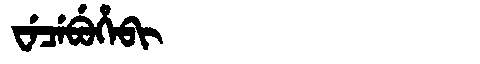
Manchu: ᠸᡝᠴᡝᠪᡠᡥᡝᠪᡳ
Romanization: WECEBUHEBI